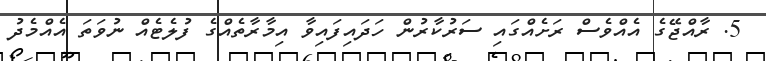
5. ރާއްޖޭގެ އެއްވެސް ރަށެއްގައި ސަރުކާރުން ހަދައިފައިވާ އިމާރާތެއްގެ ފުލެޓެއް ނުވަތަ އެއްމެދު